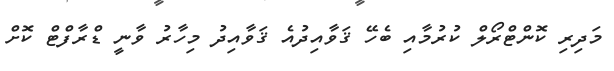
މަދިރި ކޮންޓްރޯލް ކުރުމާއި ބެހޭ ޤަވާއިދުއެ ޤަވާއިދު މިހާރު ވާނީ ޑްރާފްޓް ކޮށް